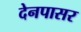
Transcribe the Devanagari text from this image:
देनपासर